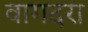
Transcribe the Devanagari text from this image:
वागदरा